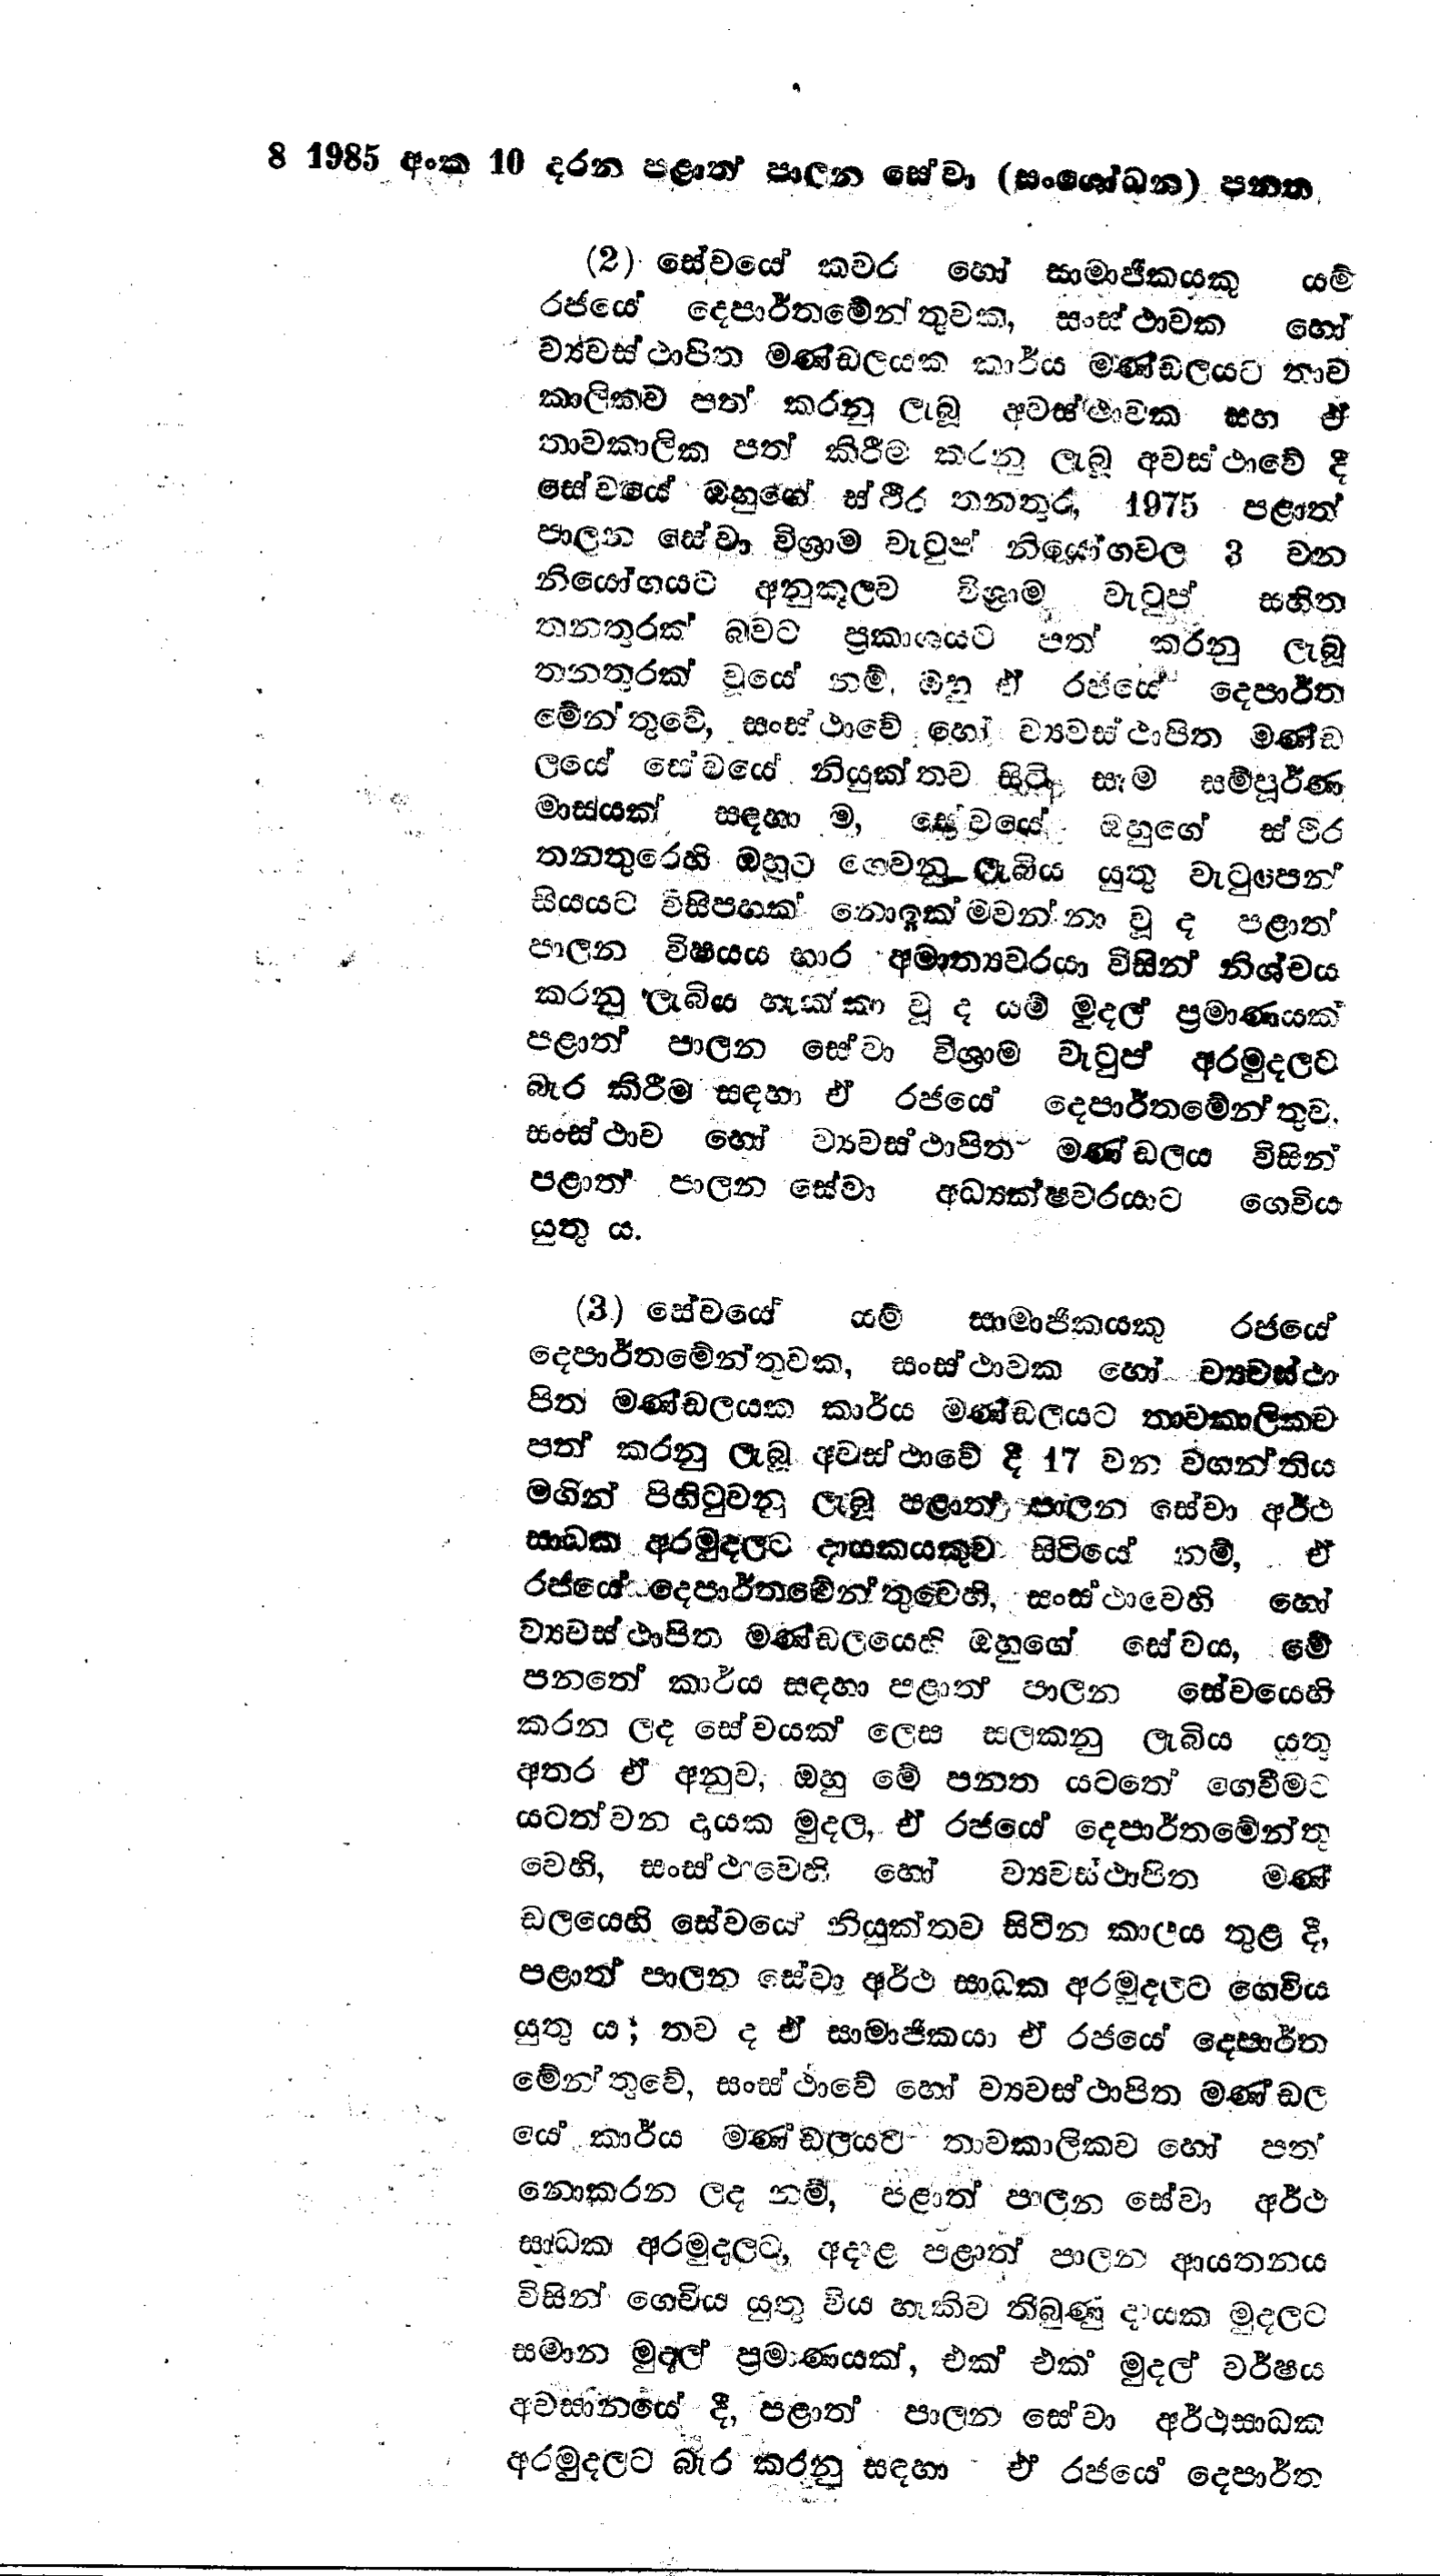
8 1985 අංක 10 දරන පළාත් පාලන සේවා (සංශෝධන) පනත

(2) සේවයේ කවර හෝ සාමාජිකයකු යම්
රජයේ දෙපාර්තමේන්තුවක, සංස්ථාවක හෝ
ව්‍යවස්ථාපිත මණ්ඩලයක කාර්ය මණ්ඩලයට තාව
කාලිකව පත් කරනු ලැබූ අවස්ථාවක සහ ඒ
තාවකාලික පත් කිරීම කරනු ලැබූ අවස්ථාවේ දී
සේවයේ ඔහුගේ ස්ථීර තනතුර, 1975 පළාත්
පාලන සේවා විශ්‍රාම වැටුප් නියෝගවල 3 වන
නියෝගයට අනුකූලව විශ්‍රාම වැටුප් සහිත
තනතුරක් බවට ප්‍රකාශයට පත් කරනු ලැබූ
තනතුරක් වූයේ නම්, ඔහු ඒ රජයේ දෙපාර්ත
මේන්තුවේ, සංස්ථාවේ හෝ ව්‍යවස්ථාපිත මණ්ඩ
ලයේ සේවයේ නියුක්තව සිටි සෑම සම්පූර්ණ
මාසයක් සඳහා ම, සේවයේ. ඔහුගේ ස්ථිර
තනතුරෙහි ඔහුට ගෙවනු ලැබිය යුතු වැටුපෙන්
සියයට විසිපහක් නොඉක්මවන්නා වූ ද පළාත්
පාලන විෂයය භාර අමාත්‍යවරයා විසින් නිශ්චය
කරනු ලැබිය හැක්කා වූ ද යම් මුදල් ප්‍රමාණයක්
පළාත් පාලන සේවා විශ්‍රාම වැටුප් අරමුදලට
බැර කිරීම සඳහා ඒ රජයේ දෙපාර්තමේන්තුව
සංස්ථාව හෝ ව්‍යවස්ථාපිත මණ්ඩලය විසින්
පළාත් පාලන සේවා අධ්‍යක්ෂවරයාට ගෙවිය
යුතු ය.

(3) සේවයේ යම් සාමාජිකයකු රජයේ
දෙපාර්තමේන්තුවක, සංස්ථාවක හෝ ව්‍යවස්ථා
පිත මණ්ඩලයක කාර්ය මණ්ඩලයට තාවකාලිකව
පත් කරනු ලැබූ අවස්ථාවේ දී 17 වන වගන්තිය
මගින් පිහිටුවනු ලැබූ පළාත් පාලන සේවා අර්ථ
සාධක අරමුදලට දායකයකුව සිටියේ නම්, ඒ
රජයේ දෙපාර්තමේන්තුවෙහි, සංස්ථාවෙහි හෝ
ව්‍යවස්ථාපිත මණ්ඩලයෙහි ඔහුගේ සේවය, මේ
පනතේ කාර්ය සඳහා පළාත් පාලන සේවයෙහි
කරන ලද සේවයක් ලෙස සලකනු ලැබිය යුතු
අතර ඒ අනුව, ඔහු මේ පනත යටතේ ගෙවීමට
යටත්වන දායක මුදල, ඒ රජයේ දෙපාර්තමේන්තු
වෙහි, සංස්ථවෙහි හෝ ව්‍යවස්ථාපිත මණ්
ඩලයෙහි සේවයේ නියුක්තව සිටින කාලය තුළ දී,
පළාත් පාලන සේවා අර්ථ සාධක අරමුදලට ගෙවිය
යුතු ය; තව ද ඒ සාමාජිකයා ඒ රජයේ දෙපාර්ත
මේන්තුවේ, සංස්ථාවේ හෝ ව්‍යවස්ථාපිත මණ්ඩල
යේ කාර්ය මණ්‌ඩලයට - තාවකාලිකව හෝ පත්
නොකරන ලද නම්, පළාත් පාලන සේවා අර්ථ
සාධක අරමුදලට, අදාළ පළාත් පාලන ආයතනය
විසින් ගෙවිය යුතු විය හැකිව තිබුණු දායක මුදලට
සමාන මුදල් ප්‍රමාණයක්, එක් එක් මුදල් වර්ෂය
අවසානයේ දී, පළාත් පාලන සේවා අර්ථසාධක
අරමුදලට බැර කරනු සඳහා ඒ රජයේ දෙපාර්ත